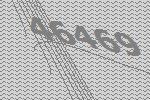
46469